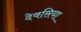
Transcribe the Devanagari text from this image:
देवसिया